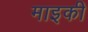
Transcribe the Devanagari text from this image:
माइकी